Children and Young Persons (Scotland) Act, 1932. Care and training of juveniles, 1932
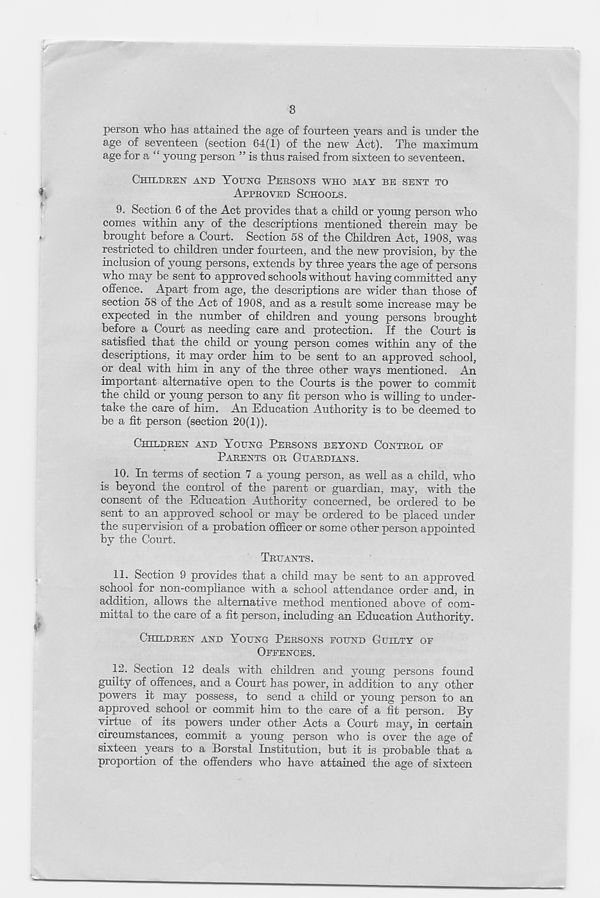
3
person who has attained the age of fourteen years and is under the
age of seventeen (section 64(1) of the new Act). The maximum
age for a “ young person ” is thus raised from sixteen to seventeen.
CHILDREN AND YOUNG PERSONS WHO MAY BE SENT TO
l
APPROVED SCHOOLS.
9. Section 6 of the Act provides that a child or young person who
comes within any of the descriptions mentioned therein may be
.
brought before a Court. Section 58 of the Children Act, 1908, was
restricted to children under fourteen, and the new provision, by the
inclusion of young persons, extends by three years the age of persons
who may be sent to approved schools without having committed any
offence. Apart from age, the descriptions are wider than those of
section 58 of the Act of 1908, and as a result some increase may be
expected in the number of children and young persons brought
before a Court as needing care and protection. If the Court is
satisfied that the child or young person comes within any of the
descriptions, it may order him to be sent to an approved school,
or deal with him in any of the three other ways mentioned. An
important alternative open to the Courts is the power to commit
the child or young person to any fit person w r ho is willing to under-
take the care of him. An Education Authority is to be deemed to
be a fit person (section 20(1)).
CHCLpREN AND YOUNG PERSONS BEYOND CONTROL OE
PARENTS OR GUARDIANS.
10. In terms of section 7 a young person, as well as a child, who
is beyond the control of the parent or guardian, may, with the
consent of the Education Authority concerned, be ordered to be
sent to an approved school or may be ordered to be placed under
the supervision of a probation officer or some other person appointed
by the Court.
TRUANTS.
11. Section 9 provides that a child may be sent to an approved
school for non-compliance with a school attendance order and, in
addition, allows the alternative method mentioned above of com-
mittal to the care of a fit person, including an Education Authority.
CHILDREN AND YOUNG PERSONS ROUND GUILTY OR
ORRENCES.
12. Section 12 deals with children and young persons found
guilty of offences, and a Court has power, in addition to any other
powers it may possess, to send a child or young person to an
approved school or commit him to the care of a fit person. By
virtue of its powers under other Acts a Court may, in certain
circumstances, commit a young person who is over the age of
sixteen years to a Borstal Institution, but it is probable that a
proportion of the offenders who have attained the age of sixteen